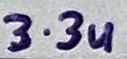
Text: 3.3u